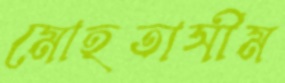
মোহতাসীম